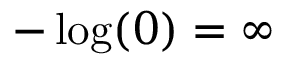
- \log ( 0 ) = \infty